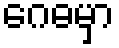
ဂေဓမှာ